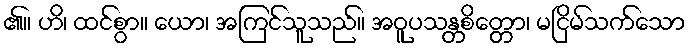
၏။ ဟိ၊ ထင်စွာ။ ယော၊ အကြင်သူသည်။ အဝူပသန္တစိတ္တော၊ မငြိမ်သက်သော